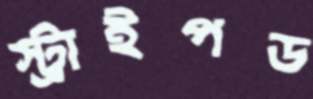
স্ট্রাইপড